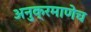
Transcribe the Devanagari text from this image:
अनुक्रमाणेच